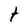
Character: t